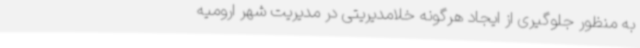
به منظور جلوگیری از ایجاد هرگونه خلامدیریتی در مدیریت شهر ارومیه